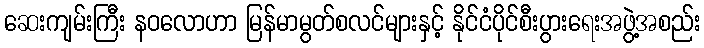
ဆေးကျမ်းကြီး နဝလောဟာ မြန်မာမွတ်စလင်များနှင့် နိုင်ငံပိုင်စီးပွားရေးအဖွဲ့အစည်း